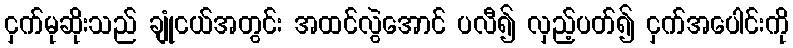
ငှက်မုဆိုးသည် ချုံငယ်အတွင်း အထင်လွဲအောင် ပလီ၍ လှည့်ပတ်၍ ငှက်အပေါင်းကို